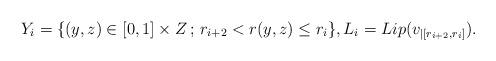
LaTeX: \begin{align*}Y_i=\{(y,z)\in [0,1]\times Z\,;\,r_{i+2}<r(y,z)\leq r_{i}\}, L_i=Lip(v_{|[r_{i+2},r_{i}]}).\end{align*}